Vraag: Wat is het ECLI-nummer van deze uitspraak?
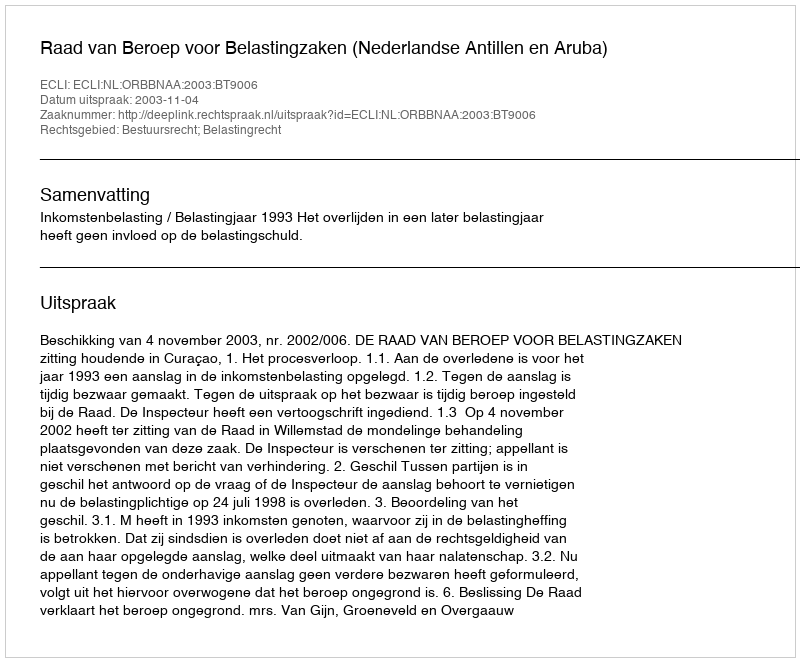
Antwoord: ECLI:NL:ORBBNAA:2003:BT9006